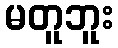
မတူဘူး